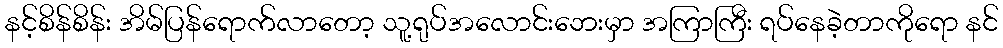
နင့်စိန်စိန်း အိမ်ပြန်ရောက်လာတော့ သူ့ရုပ်အလောင်းဘေးမှာ အကြာကြီး ရပ်နေခဲ့တာကိုရော နင်